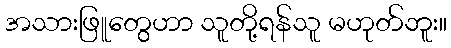
အသားဖြူတွေဟာ သူတို့ရန်သူ မဟုတ်ဘူး။